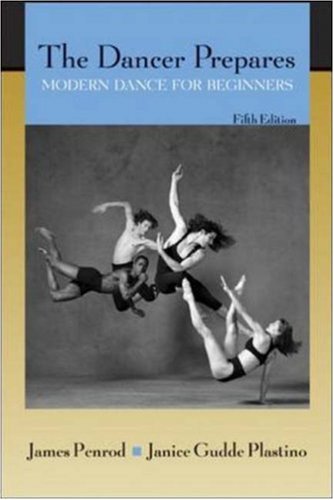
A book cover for The Dancer Prepares: Modern Dance for Beginners; James Penrod; Humor & Entertainment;